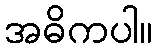
အဓိကပါ။